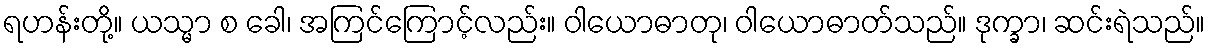
ရဟန်းတို့။ ယသ္မာ စ ခေါ၊ အကြင်ကြောင့်လည်း။ ဝါယောဓာတု၊ ဝါယောဓာတ်သည်။ ဒုက္ခာ၊ ဆင်းရဲသည်။